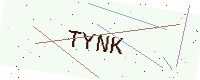
Text: TYNK